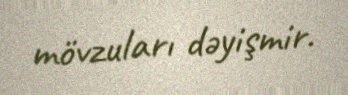
mövzuları dəyişmir.